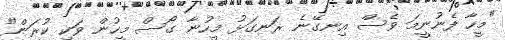
"މީހާ ފެނުނީމަ ވެސް އިނގޭނެ ރަނގަޅު މީހުނާ ގޯސް މީހުން ވަކި ކުރަން"